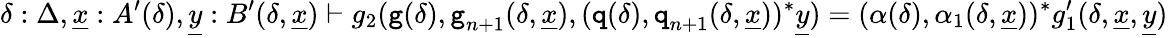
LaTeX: \delta:\Delta,\underline{{x}}:A^{\prime}(\delta),\underline{{y}}:B^{\prime}(\delta,\underline{{x}})\vdash g_{2}(\textnormal{\texttt{g}}(\delta),\textnormal{\texttt{g}}_{n+1}(\delta,\underline{{x}}),(\textnormal{\texttt{q}}(\delta),\textnormal{\texttt{q}}_{n+1}(\delta,\underline{{x}}))^{*}\underline{{y}})=(\alpha(\delta),\alpha_{1}(\delta,\underline{{x}}))^{*}g_{1}^{\prime}(\delta,\underline{{x}},\underline{{y}})